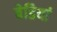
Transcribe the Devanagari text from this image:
बेडियां